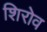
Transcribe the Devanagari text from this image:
शिरोव